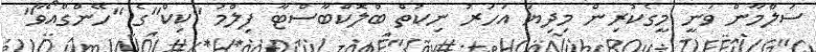
ސަލްމާން ވަނީ މީގެކުރިން މިދިޔަ އަހަރު ނިކުތް ބްލޮކްބާސްޓާ ފިލްމު "ކިކް"ގެ "ހޭންގްއޯވާ"